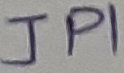
Text: JPI